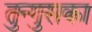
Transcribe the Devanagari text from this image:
तुन्गुसका